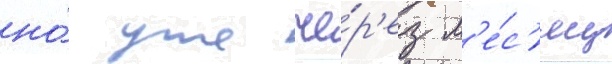
но́ уже че́р'ез м'е́с'яц